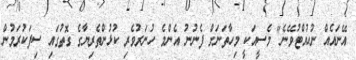
އޭނައެއް ނުހުއްޓުވޭނެ" މެސީއަކީ މިހާތަނަށް ފެނުނު އެންމެ ހުނަރުވެރި ކުޅުންތެރިޔާގެ ގޮތުގައި ސިފަކުރަމުން